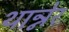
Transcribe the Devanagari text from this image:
थान्नेर